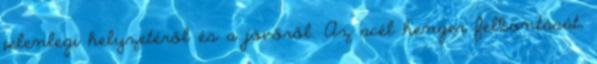
jelenlegi helyzetéről és a jövőről. Az acél henger felbontását,